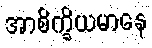
အာစိက္ခိယမာနေ